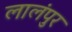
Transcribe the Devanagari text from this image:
लालंपुर